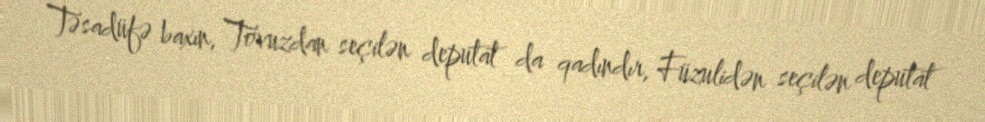
Təsadüfə baxın, Tovuzdan seçilən deputat da qadındır, Füzulidən seçilən deputat